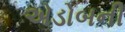
એડોબની